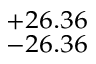
^ { + 2 6 . 3 6 } _ { - 2 6 . 3 6 }